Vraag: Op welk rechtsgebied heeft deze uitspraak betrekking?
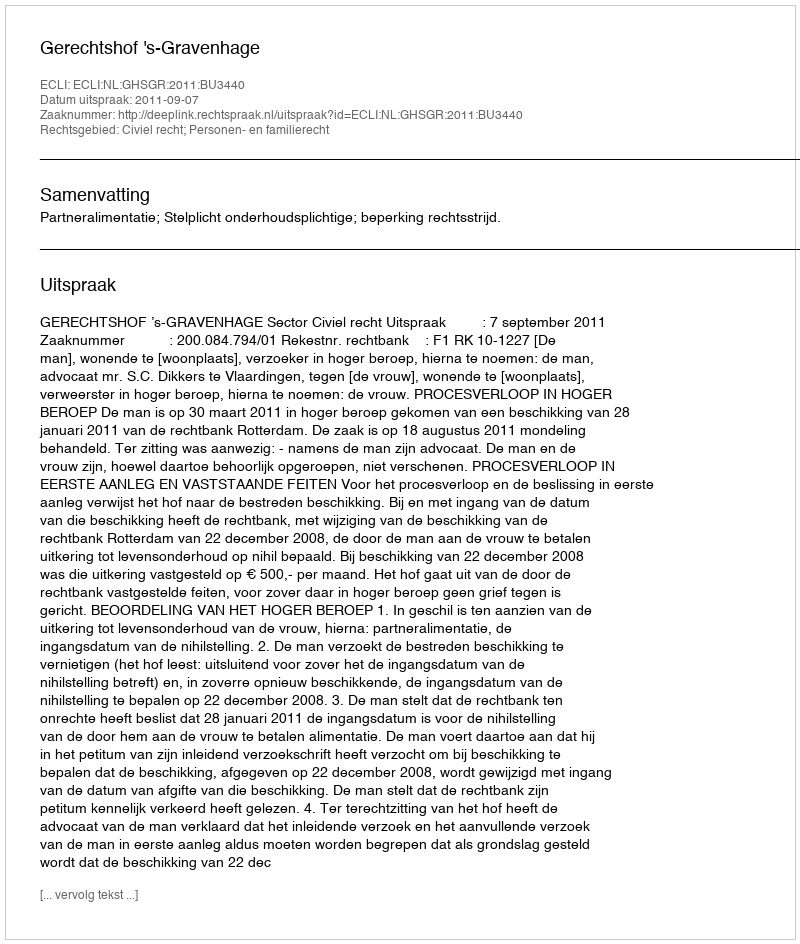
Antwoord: Civiel recht; Personen- en familierecht